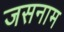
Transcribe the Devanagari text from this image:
जसनाम